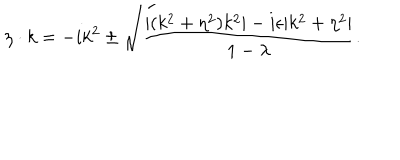
LaTeX: \eta \cdot k = - i k ^ { 2 } \pm \sqrt { { \frac { | ( k ^ { 2 } + \eta ^ { 2 } ) k ^ { 2 } | - i \epsilon | k ^ { 2 } + \eta ^ { 2 } | } { 1 - \lambda } } } .